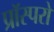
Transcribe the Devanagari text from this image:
प्रॉस्परो